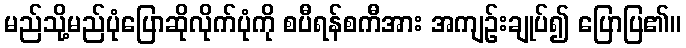
မည်သို့မည်ပုံပြောဆိုလိုက်ပုံကို စပီရန်စကီအား အကျဉ်းချုပ်၍ ပြောပြ၏။